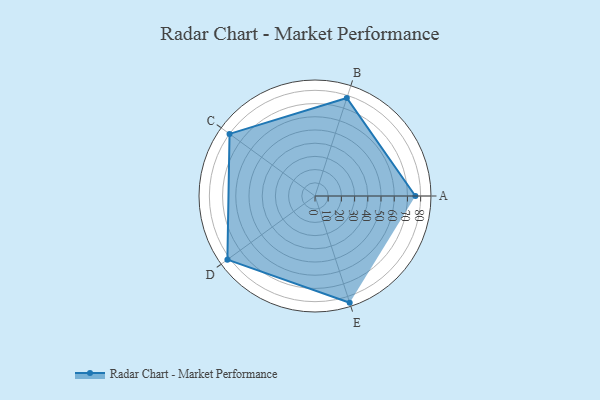
{"axis": {"x": "Skill", "y": "Score"}, "legend": ["Profile"], "data": [{"x": "A", "y": 76.0, "type": "Profile"}, {"x": "B", "y": 78.0, "type": "Profile"}, {"x": "C", "y": 80.0, "type": "Profile"}, {"x": "D", "y": 82.0, "type": "Profile"}, {"x": "E", "y": 85.0, "type": "Profile"}]}